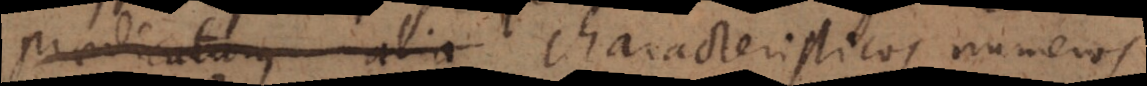
praedicatum alia characteristicos numeros